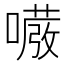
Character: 𭋇